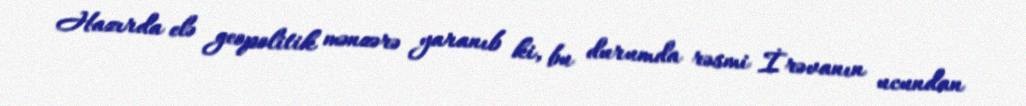
Hazırda elə geopolitik mənzərə yaranıb ki, bu durumda rəsmi İrəvanın ucundan